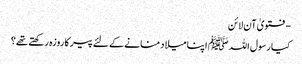
- فتویٰ آن لائن
کیا رسول اللہ ﷺ اپنا میلاد منانے کے لئے پیر کا روزہ رکھتے تھے؟